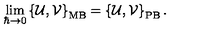
\lim _ { \hbar \to 0 } \left\{ { \mathcal { U } } , { \mathcal { V } } \right\} _ { \mathrm { M B } } = \left\{ { \mathcal { U } } , { \mathcal { V } } \right\} _ { \mathrm { P B } } .